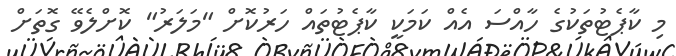
މި ކާޕެޓުތަކުގެ ހާއްސަ އެއް ކަމަކީ ކާޕެޓުތައް ހަރުކޮށް "މަލަރު" ކޮށްލެވޭ ގޮތަށް